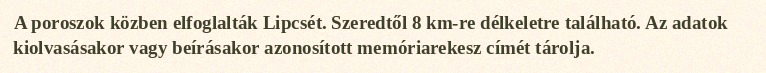
A poroszok közben elfoglalták Lipcsét. Szeredtől 8 km-re délkeletre található. Az adatok kiolvasásakor vagy beírásakor azonosított memóriarekesz címét tárolja.